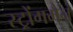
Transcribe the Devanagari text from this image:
स्ट्रोंगमैन